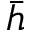
\bar { h }